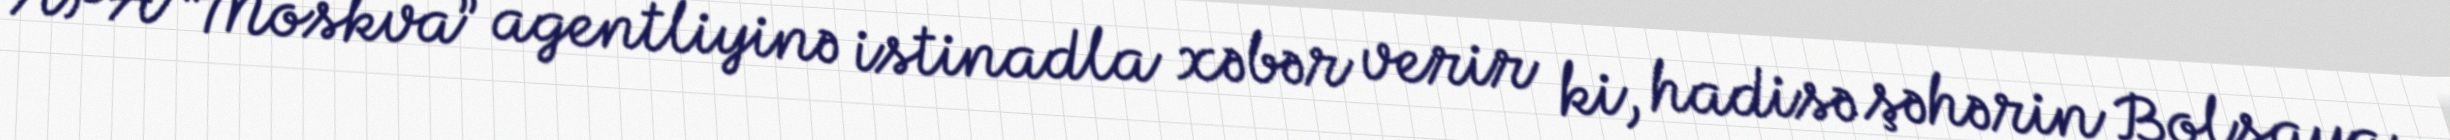
APA “Moskva” agentliyinə istinadla xəbər verir ki, hadisə şəhərin Bolşaya